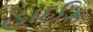
હાઈક